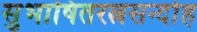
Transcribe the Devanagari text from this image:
सुभाषितरत्नसन्दोह